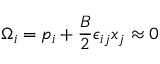
\Omega _ { i } = p _ { i } + \frac { B } { 2 } \epsilon _ { i j } x _ { j } \approx 0